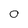
Character: O